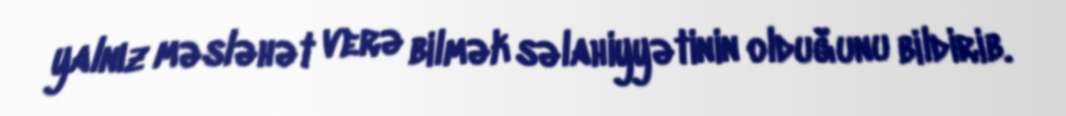
yalnız məsləhət verə bilmək səlahiyyətinin olduğunu bildirib.